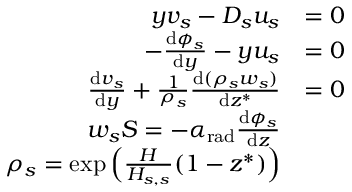
\begin{array} { r l } { y v _ { s } - D _ { s } u _ { s } } & { = 0 } \\ { - \frac { \mathrm { d } \phi _ { s } } { \mathrm { d } y } - y u _ { s } } & { = 0 } \\ { \frac { \mathrm { d } v _ { s } } { \mathrm { d } y } + \frac { 1 } { \rho _ { s } } \frac { \mathrm { d } ( \rho _ { s } w _ { s } ) } { \mathrm { d } z ^ { * } } } & { = 0 } \\ { w _ { s } S = - \alpha _ { \mathrm { r a d } } \frac { \mathrm { d } \phi _ { s } } { \mathrm { d } z } } \\ { \rho _ { s } = \exp \Big ( \frac { H } { H _ { s , s } } ( 1 - z ^ { * } ) \Big ) } \end{array}